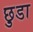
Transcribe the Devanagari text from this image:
छ़ुडा